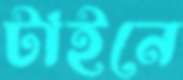
টাইনে